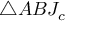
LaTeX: \triangle A B J _ { c }